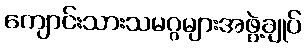
ကျောင်းသားသမဂ္ဂများအဖွဲ့ချုပ်